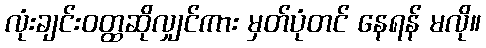
လုံးချင်းဝတ္ထဆိုလျှင်ကား မှတ်ပုံတင် နေရန် မလို။